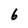
Character: 6